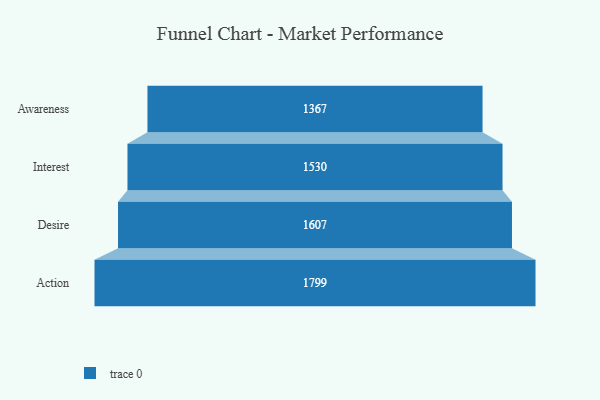
{"axis": {"x": "Stage", "y": "Value"}, "legend": [""], "data": [{"x": "Awareness", "y": 1367.0, "type": ""}, {"x": "Interest", "y": 1530.0, "type": ""}, {"x": "Desire", "y": 1607.0, "type": ""}, {"x": "Action", "y": 1799.0, "type": ""}]}